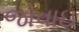
જોવાઇ